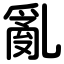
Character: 亂